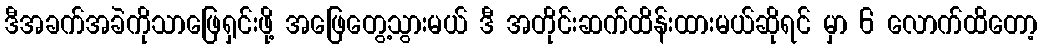
ဒီအခက်အခဲကိုသာဖြေရှင်းဖို့ အဖြေတွေ့သွားမယ် ဒီ အတိုင်းဆက်ထိန်းထားမယ်ဆိုရင် မှာ 6 လောက်ထိတော့